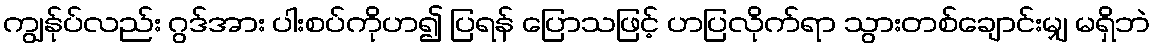
ကျွန်ုပ်လည်း ဂွဒ်အား ပါးစပ်ကိုဟ၍ ပြရန် ပြောသဖြင့် ဟပြလိုက်ရာ သွားတစ်ချောင်းမျှ မရှိဘဲ